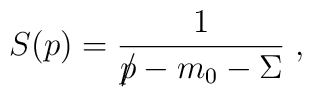
S (p)  =  \frac{1}{p \!\!\!/ - m_0 - \Sigma} \; ,